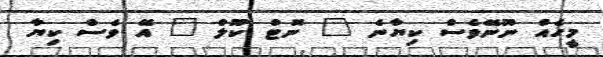
މީހެއް ނޫނޭވެސް ކިޔާނެ " ނޮޓް ކޫލް " އޭ ވެސް ކިޔާ